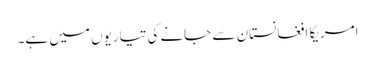
امریکا افغانستان سے جانے کی تیاریوں میں ہے۔